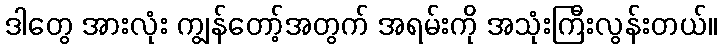
ဒါတွေ အားလုံး ကျွန်တော့်အတွက် အရမ်းကို အသုံးကြီးလွန်းတယ်။